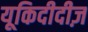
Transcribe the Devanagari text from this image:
यूकिदीदीज़